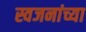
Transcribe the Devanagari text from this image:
स्वजनांच्या